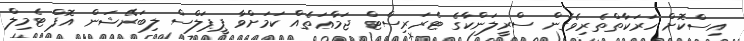
އިސްކޮށް ހަރަކާތްތެރިވެގެން ސްރީލަންކާގެ ޓެރަރިސްޓް ޖަމާޢަތެއް ކަމަށްވާ ޕީޕަލްސް ލިބަރޭޝަން އޮފް ޓެމިލް